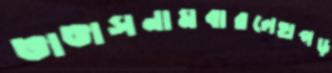
ভাঙাসনামবারলেহাপড়